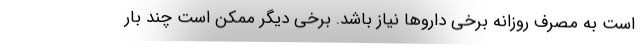
است به مصرف روزانه برخی داروها نیاز باشد. برخی دیگر ممکن است چند بار